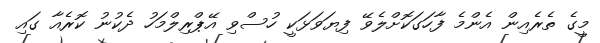
މީގެ ތެރެއިން އެންމެ ފާހަގަކޮށްލެވޭ ފިޔަވަޅަކީ ހުސްވި އޭޕްރިލްމަހު ދެކުނު ކޮރެއާ ގައި